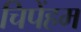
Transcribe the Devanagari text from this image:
चिपेंहम